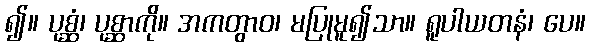
၍။ ပုစ္ဆံ၊ ပုစ္ဆာကို။ အကတွာဝ၊ မပြုမူ၍သာ။ ရူပါယတနံ၊ ပေ။